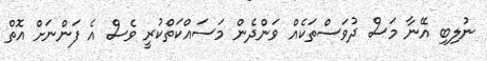
ނުލިބި އޭނާ މަސް ދުވަސްތަކެއް ވަންދެން މަސައްކަތްކުރީ ވެސް އެ ފަންނަށް އޮތް